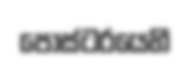
පෝස්ටරයෙහි